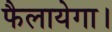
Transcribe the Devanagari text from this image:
फैलायेगा।